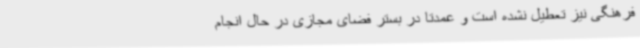
فرهنگی نیز تعطیل نشده است و عمدتاً در بستر فضای مجازی در حال انجام